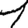
Digit: 1